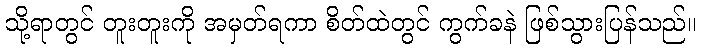
သို့ရာတွင် တူးတူးကို အမှတ်ရကာ စိတ်ထဲတွင် ကွက်ခနဲ ဖြစ်သွားပြန်သည်။